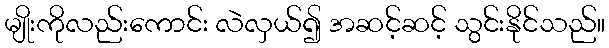
မျိုးကိုလည်းကောင်း လဲလှယ်၍ အဆင့်ဆင့် သွင်းနိုင်သည်။